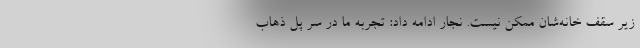
زیر سقف خانه‌شان ممکن نیست. نجار ادامه داد: تجربه ما در سر پل ذهاب